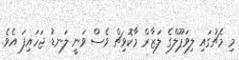
މި މެޗުގައި ލިވަޕޫލްގެ ލަޒާރް މާކޮވިޗް ވެސް ވަނީ ލަނޑު ޖަހައިފަ އެވެ.